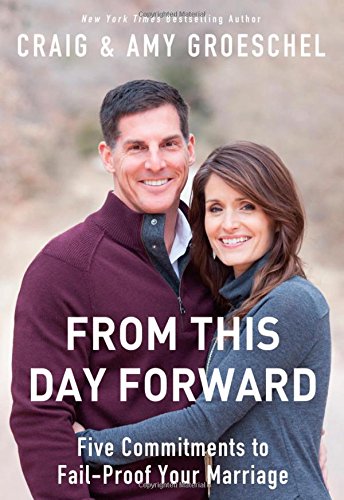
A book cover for From This Day Forward: Five Commitments to Fail-Proof Your Marriage; Craig Groeschel; Christian Books & Bibles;